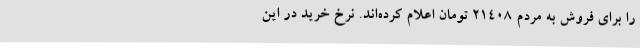
را برای فروش به مردم 21408 تومان اعلام کرده‌اند. نرخ خرید در این